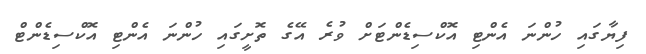
ފިޔާގައި ހުންނަ އެންޓި އޮކްސިޑެންޓަށް ވުރެ އޭގެ ތޮށީގައި ހުންނަ އެންޓި އޮކްސިޑެންޓް